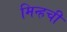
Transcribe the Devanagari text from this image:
मिन्हची